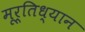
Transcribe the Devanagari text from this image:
मूर्तिध्यान